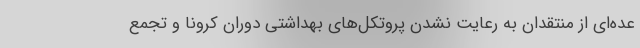
عده‌ای از منتقدان به رعایت نشدن پروتکل‌های بهداشتی دوران کرونا و تجمع